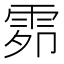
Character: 𮦍